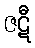
ဇဋီ